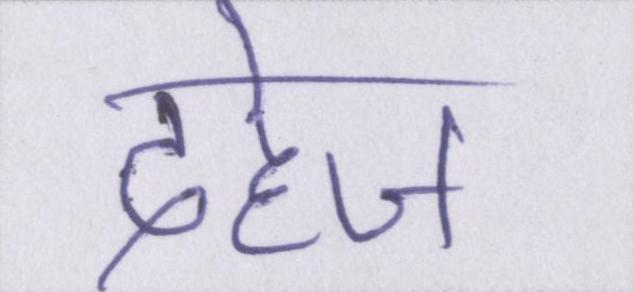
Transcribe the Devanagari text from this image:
दहेज